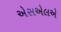
એસએલએ